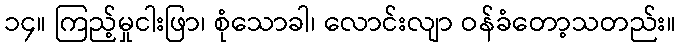
၁၄။ ကြည့်မှုငါးဖြာ၊ စုံသောခါ၊ လောင်းလျာ ဝန်ခံတော့သတည်း။